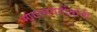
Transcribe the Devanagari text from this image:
मागासवर्गीयांनी